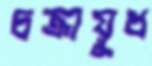
চক্রায়ুধ